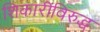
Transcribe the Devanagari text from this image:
शिकारींविरुद्ध